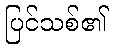
ပြင်သစ်၏